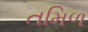
તમિળ